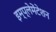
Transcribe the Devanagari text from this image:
इम्प्लेमेंटेशन